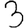
Digit: 3